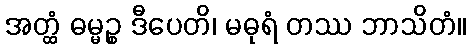
အတ္ထံ ဓမ္မဉ္စ ဒီပေတိ၊ မဓုရံ တဿ ဘာသိတံ။